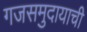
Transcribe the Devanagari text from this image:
गजसमुदायाची